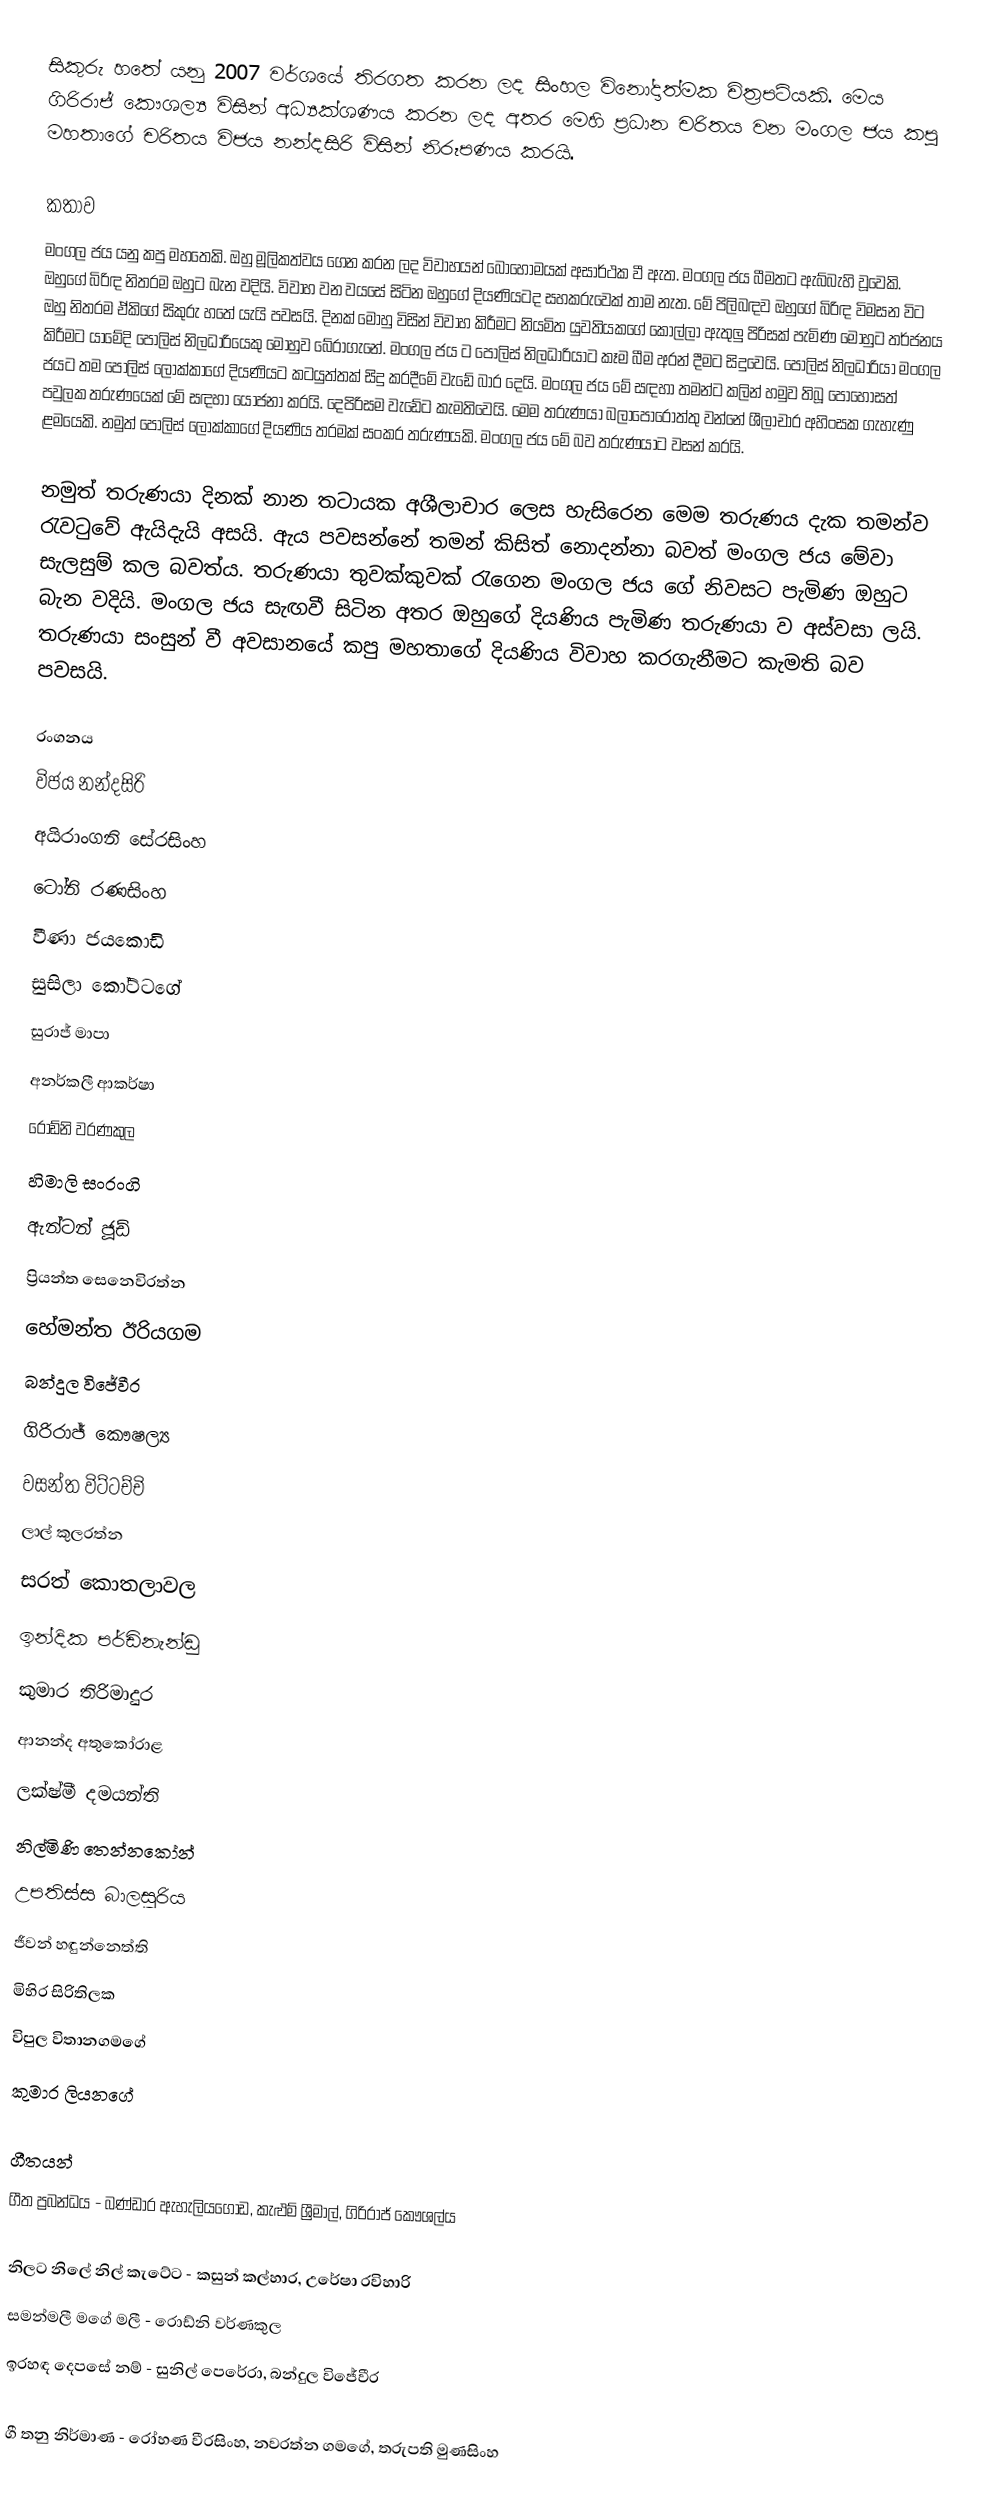
සිකුරු හතේ යනු 2007 වර්ශයේ තිරගත කරන ලද සිංහල විනෝදාත්මක චිත්‍රපටියකි. මෙය ගිරිරාජ් කෞශල්‍ය විසින් අධ්‍යක්ශණය කරන ලද අතර මෙහි ප්‍රධාන චරිතය වන මංගල ජය කපු මහතාගේ චරිතය විජය නන්දසිරි විසින් නිරූපණය කරයි.

කතාව
මංගල ජය යනු කපු මහතෙකි. ඔහු මූලිකත්වය ගෙන කරන ලද විවාහයන් බොහෝමයක් අසාර්ථක වී ඇත. මංගල ජය බීමතට ඇබ්බැහි වූවෙකි. ඔහුගේ බිරිඳ නිතරම ඔහුට බැන වදියි. විවාහ වන වයසේ සිටින ඔහුගේ දියණියටද සහකරුවෙක් තාම නැත. මේ පිලිබඳව ඔහුගේ බිරිඳ විමසන විට ඔහු නිතරම ඒකිගේ සිකුරු හතේ යැයි පවසයි. දිනක් මොහු විසින් විවාහ කිරීමට නියමිත යුවතියකගේ කොල්ලා ඇතුලු පිරිසක් පැමිණ මොහුට තර්ජනය කිරීමට යාමේදි පොලිස් නිලධාරියෙකු මොහුව බේරාගැනේ. මංගල ජය ට පොලිස් නිලධාරියාට කෑම බීම අරන් දීමට සිදුවෙයි. පොලිස් නිලධාරියා මංගල ජයට තම පොලිස් ලොක්කාගේ දියණියට කටයුත්තක් සිදු කරදීමේ වැඩේ බාර දෙයි. මංගල ජය මේ සඳහා තමන්ට කලින් හමුව තිබූ පොහොසත් පවුලක තරුණයෙක් මේ සඳහා යෝජනා කරයි. දෙපිරිසම වැඩේට කැමතිවෙයි. මෙම තරුණයා බලාපොරොත්තු වන්නේ ශීලාචාර අහිංසක ගැහැණු ළමයෙකි. නමුත් පොලිස් ලොක්කාගේ දි‍යණිය තරමක් සංකර තරුණයකි. මංගල ජය මේ බව තරුණයාට වසන් කරයි.

නමුත් තරුණයා දිනක් නාන තටායක අශීලාචාර ලෙස හැසිරෙන මෙම තරුණය දැක තමන්ව රැවටුවේ ඇයිදැයි අසයි. ඇය පවසන්නේ තමන් කිසිත් නොදන්නා බවත් මංගල ජය මේවා සැලසුම් කල බවත්ය. තරුණයා තුවක්කුවක් රැගෙන මංගල ජය ගේ නිවසට පැමිණ ඔහුට බැන වදියි. මංගල ජය සැඟවී සිටින අතර ඔහුගේ දියණිය පැමිණ තරුණයා ව අස්වසා ලයි. තරුණයා සංසුන් වී අවසානයේ කපු මහතාගේ දියණිය විවාහ කරගැනීමට කැමති බව පවසයි.

රංගනය
විජය නන්දසිරි
අයිරාංගනි සේරසිංහ
ටෝනි රණසිංහ
වීණා ජයකොඩි
සුසිලා කෝට්ටගේ
සුරාජ් මාපා
අනර්කලී ආකර්ෂා
රොඩ්නි වරණකුල
හිමාලි සංරංගි
ඇන්ටන් ජූඩ්
ප්‍රියන්ත සෙනෙවිරත්න
හේමන්ත ඊරියගම
බන්දුල විජේවීර
ගිරිරාජ් කෞෂල්‍ය
වසන්ත විට්ටච්චි
ලාල් කුලරත්න
සරත් කොතලාවල
ඉන්දික පර්ඩිනැන්ඩු
කුමාර තිරිමාදුර
ආනන්ද අතුකෝරාළ
ලක්ෂ්මී දමයන්ති
නිල්මිණි තෙන්නකෝන්
උපතිස්ස බාලසූරිය
ජීවන් හඳුන්නෙත්ති
මිහිර සිරිතිලක
විපුල විතානගමගේ
කුමාර ලියනගේ

ගීතයන්
ගීත ප්‍රබන්ධය - බණ්ඩාර ඇහැලියගොඩ, කැළුම් ශ්‍රීමාල්, ගිරිරාජ් කෞශල්ය

නිලට නිලේ නිල් කැටේට - කසුන් කල්හාර, උරේෂා රවිහාරි
සමන්මලී මගේ මලී - රොඩ්නි වර්ණකුල
ඉරහඳ දෙපසේ නම් - සුනිල් පෙරේරා, බන්දුල විජේවීර

ගී තනු නිර්මාණ - රෝහණ වීරසිංහ, නවරත්න ගමගේ, තරුපති මුණසිංහ